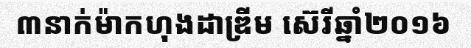
៣នាក់ម៉ាកហុងដាឌ្រីម ស៊េរីឆ្នាំ២០១៦